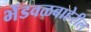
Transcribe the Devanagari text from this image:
भेंडवळबाहेरील